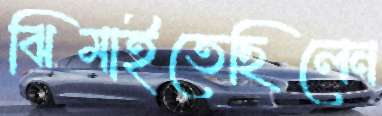
ঝিমাইতেছিলেন